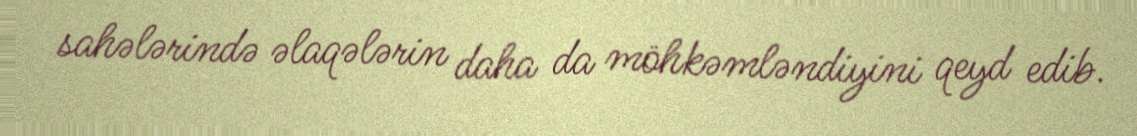
sahələrində əlaqələrin daha da möhkəmləndiyini qeyd edib.